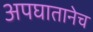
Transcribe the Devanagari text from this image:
अपघातानेच